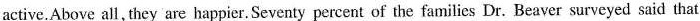
active.Above all, they are happier. Seventy percent of the families Dr. Beaver surveyed said that